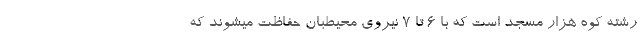
رشته کوه هزار مسجد است که با ۶ تا ۷ نیروی محیطبان حفاظت میشوند که